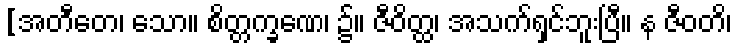
[အတီတေ၊ သော။ စိတ္တက္ခဏေ၊ ၌။ ဇီဝိတ္ထ၊ အသက်ရှင်ဘူးပြီ။ န ဇီဝတိ၊